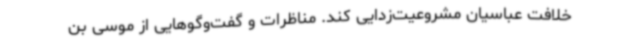
خلافت عباسیان مشروعیت‌زدایی کند. مناظرات و گفت‌وگوهایی از موسی بن